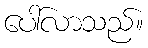
ပေါ်လာသည်။